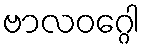
ဗာလဝဂ္ဂေါ